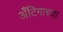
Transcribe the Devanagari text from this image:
अँटिगाच्या